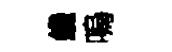
纔嗚